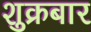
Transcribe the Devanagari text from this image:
शुक्रबार